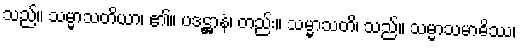
သည်။ သမ္မာသတိယာ၊ ၏။ ပဒဋ္ဌာနံ၊ တည်း။ သမ္မာသတိ၊ သည်။ သမ္မာသမာဓိဿ၊